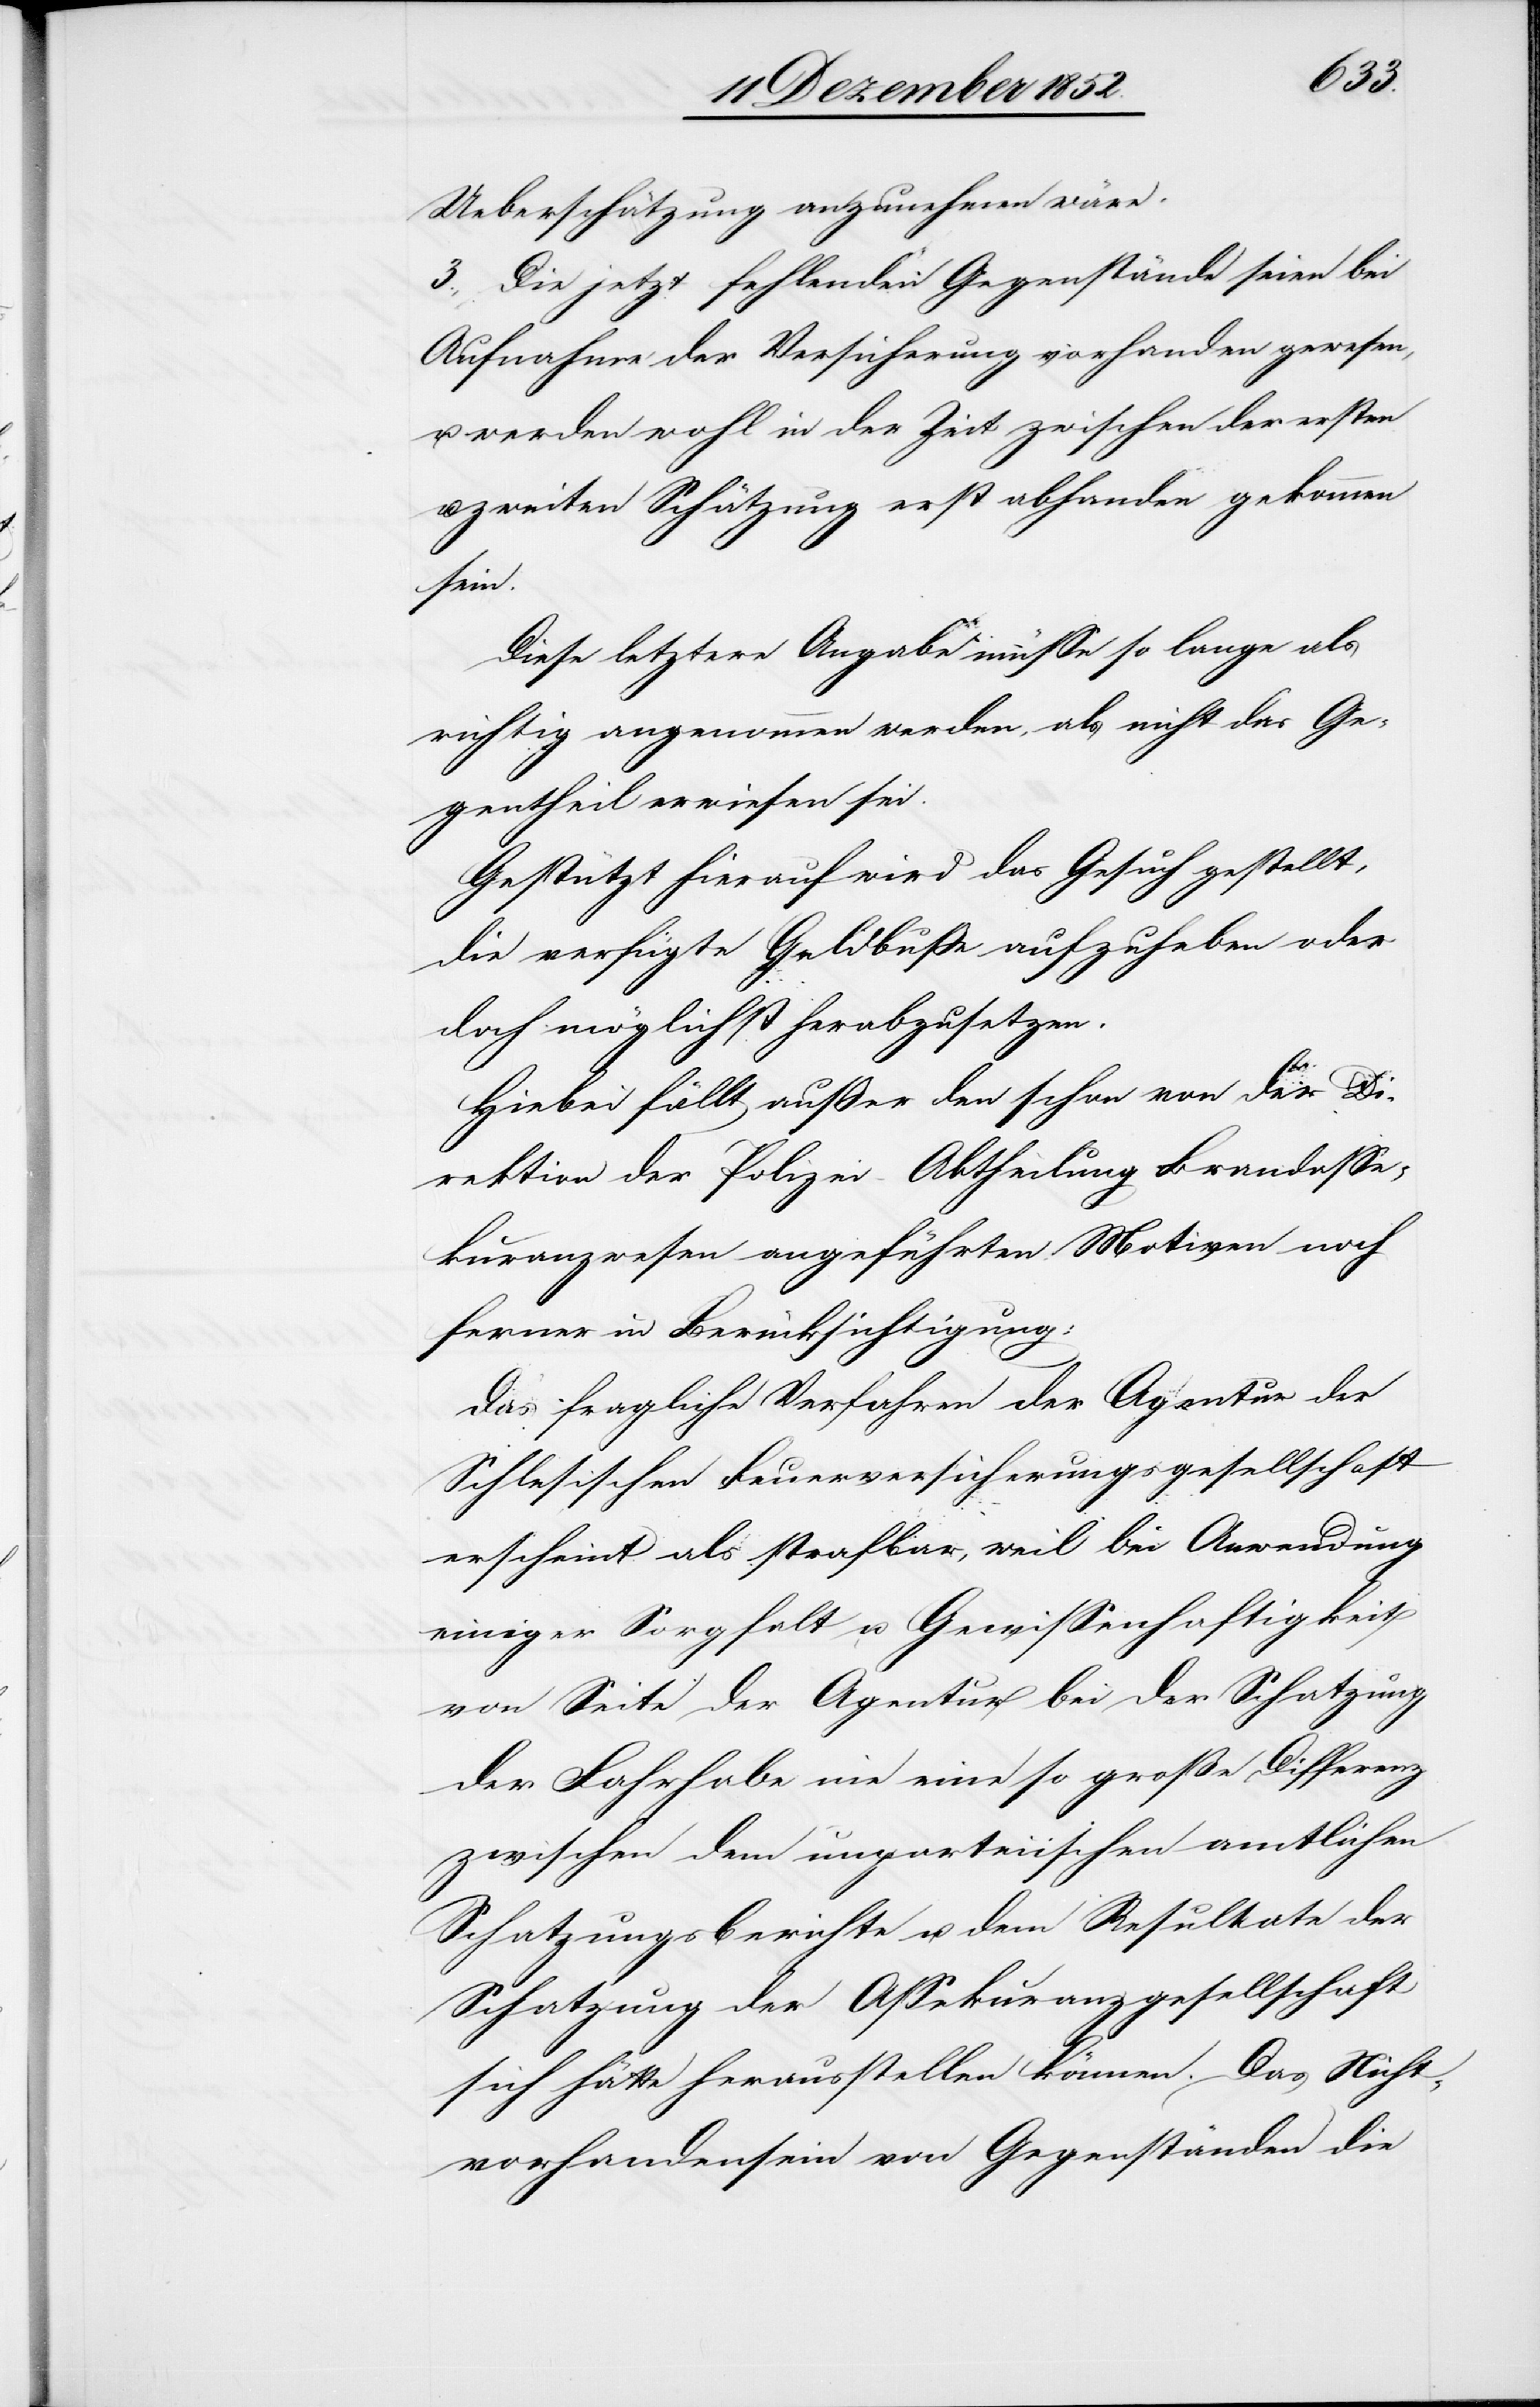
Ueberschätzung anzunehmen wäre.
3., Die jetzt fehlenden Gegenstände seien bei
Aufnahme der Versicherung vorhanden gewesen,
u. werden wohl in der Zeit zwischen der ersten
zweiten Schätzung erst abhanden gekommen
sein.
Diese letztere Angabe müsse so lange als
richtig angenommen werden, als nicht das Ge¬
gentheil erwiesen sei.
Gestützt hierauf wird das Gesuch gestellt,
die verfügte Geldbuße aufzuheben oder
doch möglichst herabzusetzen.
Hiebei fällt außer den schon von der Di¬
rektion der Polizei – Abtheilung Brandasse¬
kuranzwesen angeführten Motiven noch
ferner in Berücksichtigung:
Das fragliche Verfahren der Agentur der
Schlesischen Feuerversicherungsgesellschaft
erscheint als strafbar, weil bei Anwendung
einiger Sorgfalt u. Gewissenhaftigkeit
von Seite der Agentur bei der Schatzung
der Fahrhabe nie eine so große Differenz
zwischen dem unparteiischen amtlichen
Schatzungsberichte u. dem Resultate der
Schatzung der Assekuranzgesellschaft
sich hätte herausstellen können. Das Nicht¬
vorhandensein von Gegenständen die